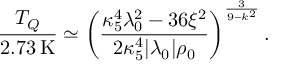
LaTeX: { \frac { T _ { Q } } { 2 . 7 3 \, \mathrm { K } } } \simeq \left( { \frac { \kappa _ { 5 } ^ { 4 } \lambda _ { 0 } ^ { 2 } - 3 6 \xi ^ { 2 } } { 2 \kappa _ { 5 } ^ { 4 } | \lambda _ { 0 } | \rho _ { 0 } } } \right) ^ { \frac { 3 } { 9 - k ^ { 2 } } } .